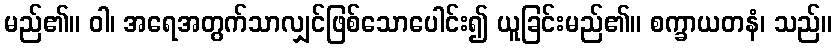
မည်၏။ ဝါ၊ အရေအတွက်သာလျှင်ဖြစ်သောပေါင်း၍ ယူခြင်းမည်၏။ စက္ခာယတနံ၊ သည်။